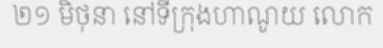
២១ មិថុនា នៅទីក្រុងហាណូយ លោក